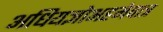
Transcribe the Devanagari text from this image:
अधियज्ञोअहमेवात्र